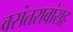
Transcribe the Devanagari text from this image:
वसंतरावांसह